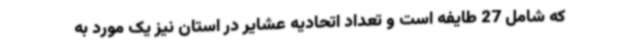
که شامل 27 طایفه است و تعداد اتحادیه عشایر در استان نیز یک مورد به